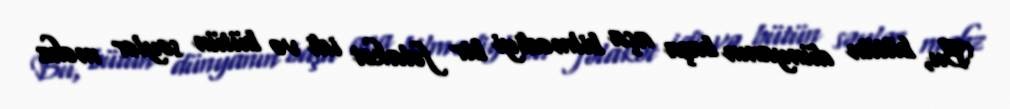
Bu, bütün dünyanın başa aça bilmədiyi bir fəlakət idi və bütün səylər məhz